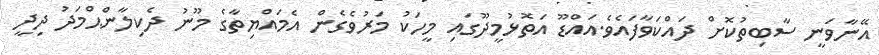
އޭނާވަނީ ސާބިތުކޮށް ދައްކަވާފައެވެ.އައްޑޫ އަތޮޅުމީދޫގައި މީހަކު މަރުވެގެން އެމައްޔިތާގެ މޫނު ދެކިލާންޙްމަދު ދިދީ